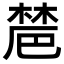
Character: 𣗡